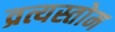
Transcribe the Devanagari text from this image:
व्रत्यस्तोम